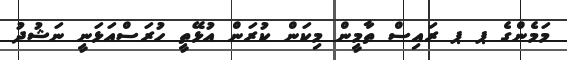
މަމެންގެ ޕ ޕ ރައިސް ތާމީން މިކަން ކުރަން އުޅޭތީ ހުރަސްއަޅަނީ ނަޝުދު